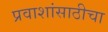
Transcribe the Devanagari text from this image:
प्रवाशांसाठीचा